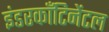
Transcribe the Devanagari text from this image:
इंडरकाँटिनेंटल